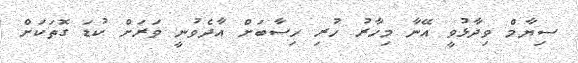
ސިޔާމް ވިދާޅުވީ އޭނާ މިހާރު ހުރި ހިސާބަށް އާދެވުނީ ވަރަށް ކުޑަ ގޮތަކަށް